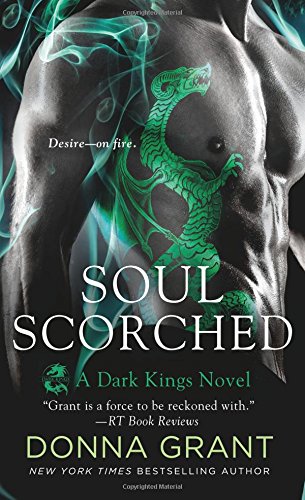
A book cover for Soul Scorched: A Dark Kings Novel; Donna Grant; Romance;